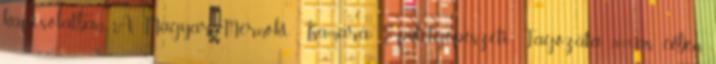
kapcsolatban. A Magyar Mérnöki Kamara Épületgépészeti Tagozata 2018-as évben